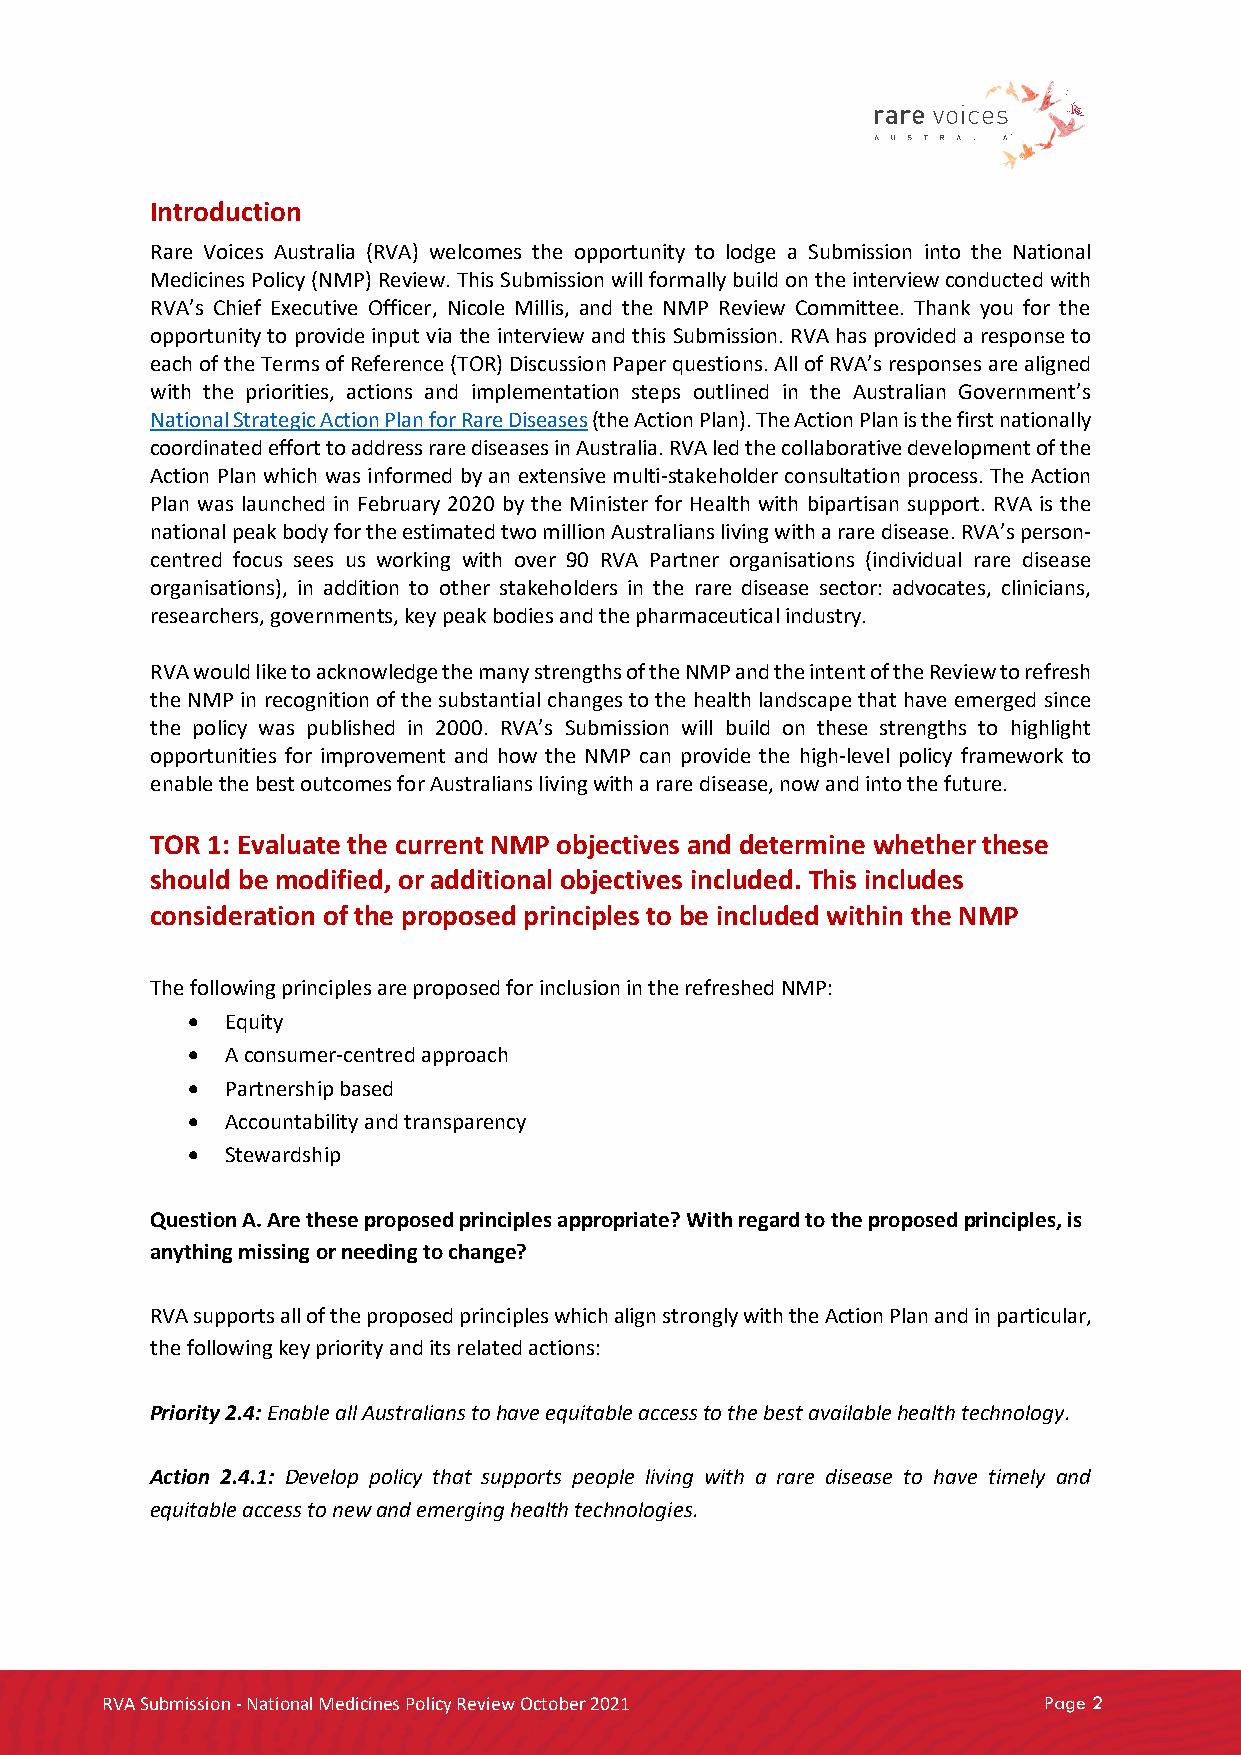
Introduction
 Rare Voices Australia (RVA) welcomes the opportunity to lodge a Submission into the National
 Medicines Policy (NMP) Review. This Submission will formally build on the interview conducted with
 RVA’s Chief Executive Officer, Nicole Millis, and the NMP Review Committee. Thank you for the
 opportunity to provide input via the interview and this Submission. RVA has provided a response to
 each of the Terms of Reference (TOR) Discussion Paper questions. All of RVA’s responses are aligned
 with the priorities, actions and implementation steps outlined in the Australian Government’s
 National Strategic Action Plan for Rare Diseases (the Action Plan). The Action Plan is the first nationally
 coordinated effort to address rare diseases in Australia. RVA led the collaborative development of the
 Action Plan which was informed by an extensive multi-stakeholder consultation process. The Action
 Plan was launched in February 2020 by the Minister for Health with bipartisan support. RVA is the
 national peak body for the estimated two million Australians living with a rare disease. RVA’s person-
 centred focus sees us working with over 90 RVA Partner organisations (individual rare disease
 organisations), in addition to other stakeholders in the rare disease sector: advocates, clinicians,
 researchers, governments, key peak bodies and the pharmaceutical industry.
 RVA would like to acknowledge the many strengths of the NMP and the intent of the Review to refresh
 the NMP in recognition of the substantial changes to the health landscape that have emerged since
 the policy was published in 2000. RVA’s Submission will build on these strengths to highlight
 opportunities for improvement and how the NMP can provide the high-level policy framework to
 enable the best outcomes for Australians living with a rare disease, now and into the future.
 TOR 1: Evaluate the current NMP objectives and determine whether these
 should be modified, or additional objectives included. This includes
 consideration of the proposed principles to be included within the NMP
 The following principles are proposed for inclusion in the refreshed NMP:
 •  Equity
 •  A consumer-centred approach
 •  Partnership based
 •  Accountability and transparency
 •  Stewardship
 Question A. Are these proposed principles appropriate? With regard to the proposed principles, is
 anything missing or needing to change?
 RVA supports all of the proposed principles which align strongly with the Action Plan and in particular,
 the following key priority and its related actions:
 Priority 2.4: Enable all Australians to have equitable access to the best available health technology.
 Action 2.4.1: Develop policy that supports people living with a rare disease to have timely and
 equitable access to new and emerging health technologies.
 RVA Submission - National Medicines Policy Review October 2021 Page 2